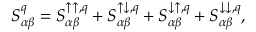
S _ { \alpha \beta } ^ { q } = S _ { \alpha \beta } ^ { \uparrow \uparrow , q } + S _ { \alpha \beta } ^ { \uparrow \downarrow , q } + S _ { \alpha \beta } ^ { \downarrow \uparrow , q } + S _ { \alpha \beta } ^ { \downarrow \downarrow , q } ,